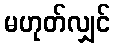
မဟုတ်လျှင်